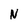
Character: N